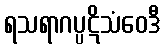
ရသရာဂပ္ပဋိသံဝေဒီ